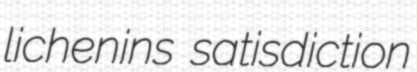
lichenins satisdiction